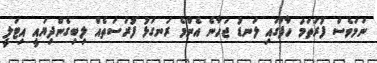
ނަމަވެސް ފުރަތަމަ ހާފުގައި ލަނޑު ޖަހާނެ އެންމެ ރަނގަޅު ފުރުސަތެއް ލިބިގެންދިޔައީ އިޓަލީ